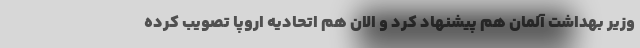
وزیر بهداشت آلمان هم پیشنهاد کرد و الان هم اتحادیه اروپا تصویب کرده